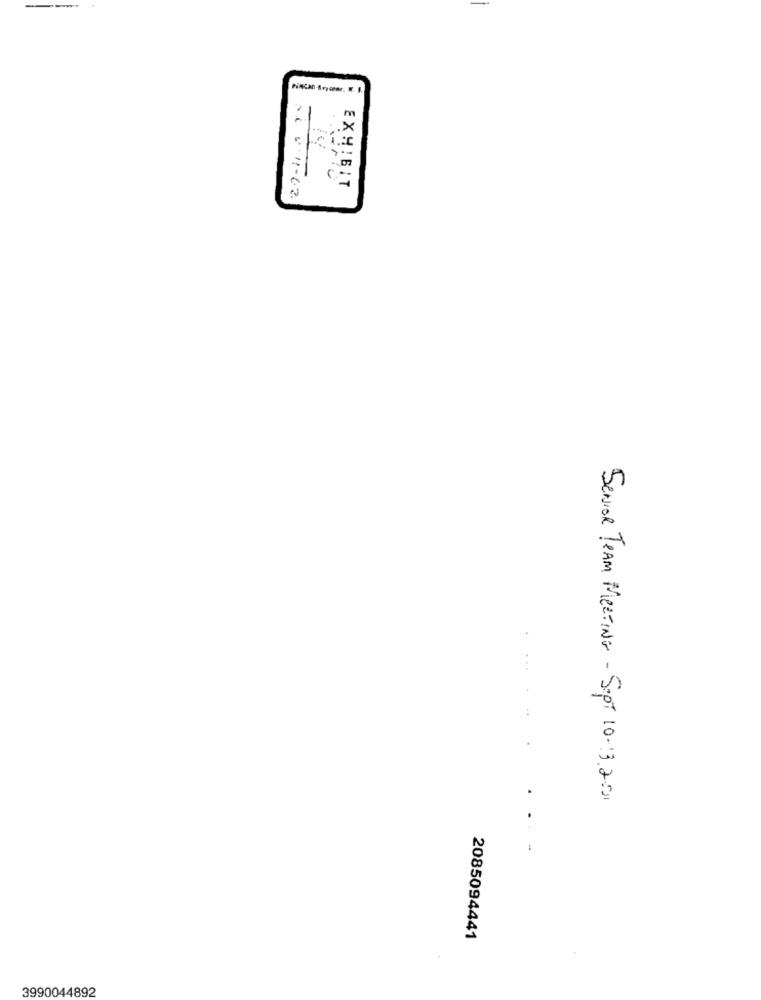
m
SENIOR Team MEETING - SEPT 10-13.2:01
2085094441
3990044892